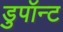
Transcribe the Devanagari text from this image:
डुपॉन्ट